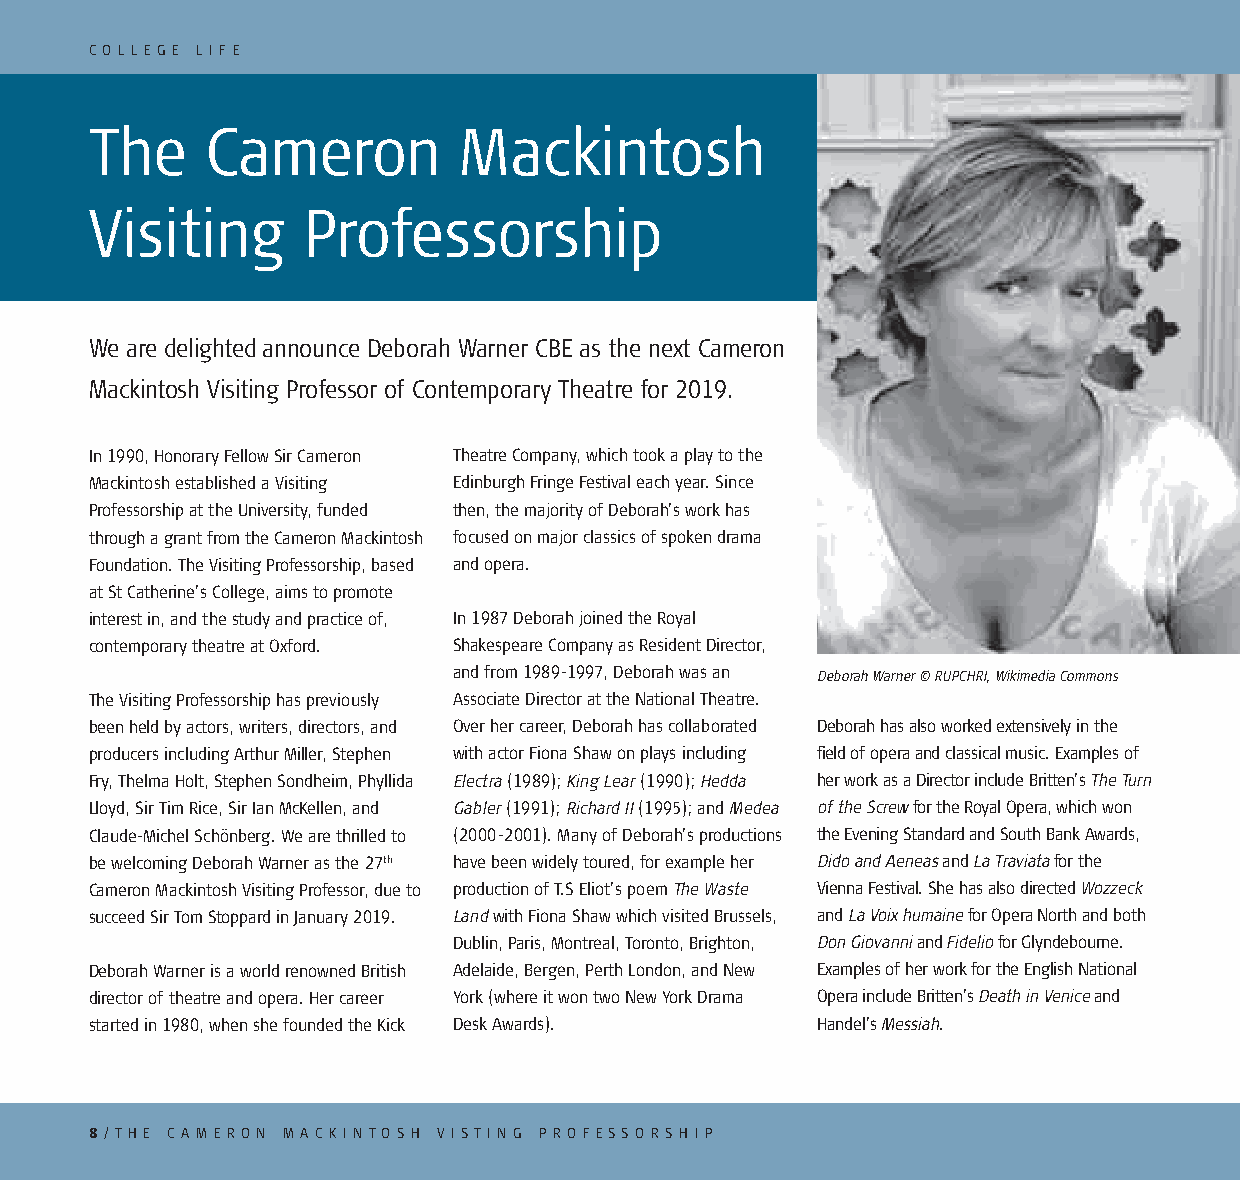
C O L L E G E L I F E
 The     Cameron         Mackintosh
 Visiting      Professorship
 We are delighted announce Deborah Warner CBE as the next Cameron
 Mackintosh Visiting Professor of Contemporary Theatre for 2019.
 In 1990, Honorary Fellow Sir Cameron Theatre Company, which took a play to the
 Mackintosh established a Visiting Edinburgh Fringe Festival each year. Since
 Professorship at the University, funded then, the majority of Deborah’s work has
 through a grant from the Cameron Mackintosh focused on major classics of spoken drama
 Foundation. The Visiting Professorship, based and opera.
 at St Catherine’s College, aims to promote
 interest in, and the study and practice of, In 1987 Deborah joined the Royal
 contemporary theatre at Oxford. Shakespeare Company as Resident Director,
 and from 1989-1997, Deborah was an Deborah Warner © RUPCHRI, Wikimedia Commons
 The Visiting Professorship has previously Associate Director at the National Theatre.
 been held by actors, writers, directors, and Over her career, Deborah has collaborated Deborah has also worked extensively in the
 producers including Arthur Miller, Stephen with actor Fiona Shaw on plays including field of opera and classical music. Examples of
 Fry, Thelma Holt, Stephen Sondheim, Phyllida Electra (1989); King Lear (1990); Hedda her work as a Director include Britten’s The Turn
 Lloyd, Sir Tim Rice, Sir Ian McKellen, and Gabler (1991); Richard II (1995); and Medea of the Screw for the Royal Opera, which won
 Claude-Michel Schönberg. We are thrilled to (2000-2001). Many of Deborah’s productions the Evening Standard and South Bank Awards,
 be welcoming Deborah Warner as the 27th have been widely toured, for example her Dido and Aeneas and La Traviata for the
 Cameron Mackintosh Visiting Professor, due to production of T.S Eliot’s poem The Waste Vienna Festival. She has also directed Wozzeck
 succeed Sir Tom Stoppard in January 2019. Land with Fiona Shaw which visited Brussels, and La Voix humaine for Opera North and both
 Dublin, Paris, Montreal, Toronto, Brighton, Don Giovanni and Fidelio for Glyndebourne.
 Deborah Warner is a world renowned British Adelaide, Bergen, Perth London, and New Examples of her work for the English National
 director of theatre and opera. Her career York (where it won two New York Drama Opera include Britten’s Death in Venice and
 started in 1980, when she founded the Kick Desk Awards). Handel’s Messiah.
 8 / T H E C A M E R O N M A C K I N TO S H V I ST I N G P R O F ES S O RS H I P